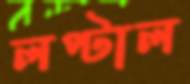
লপ্‌টাল